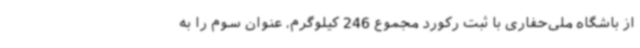
از باشگاه ملی‌حفاری با ثبت رکورد مجموع 246 کیلوگرم، عنوان سوم را به